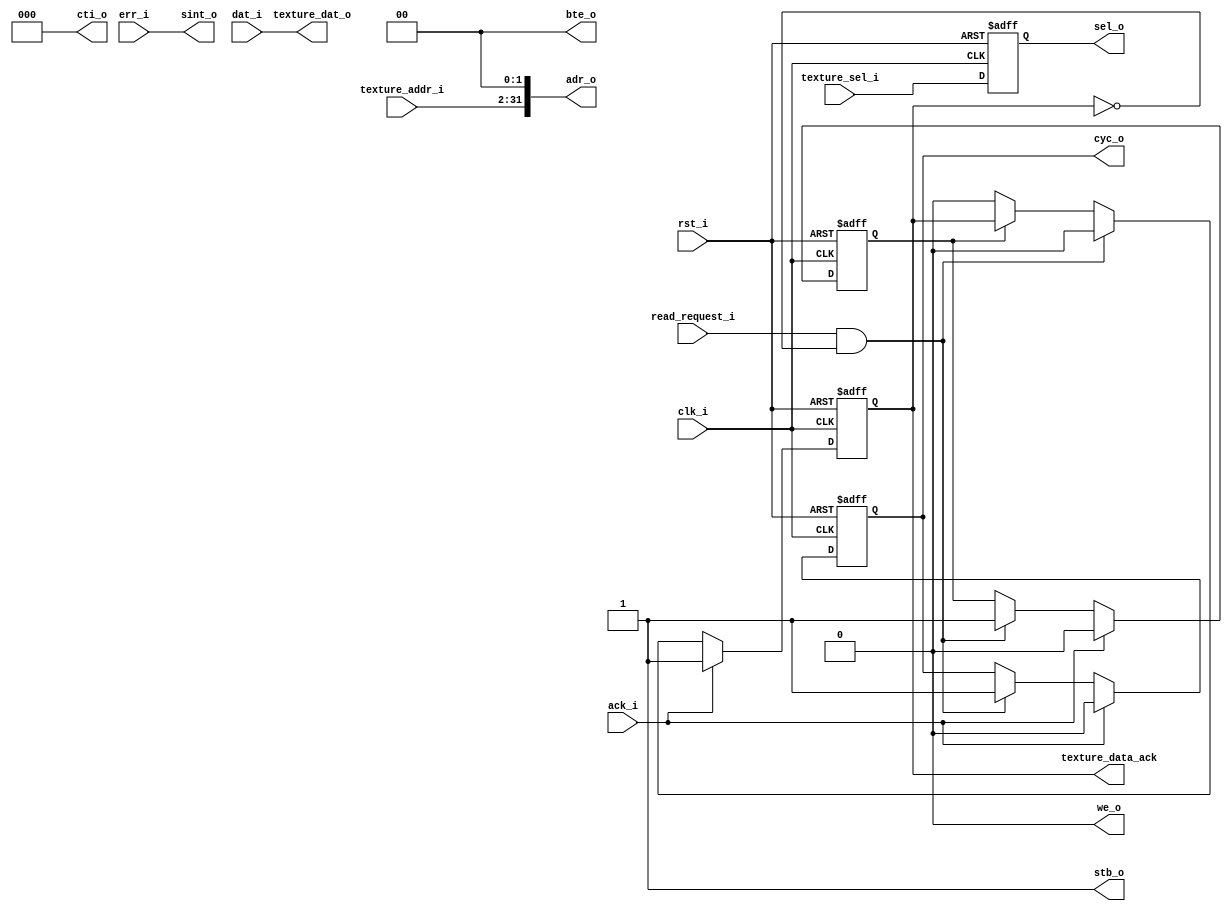
module gfx_wbm_read (clk_i, rst_i,
  cyc_o, stb_o, cti_o, bte_o, we_o, adr_o, sel_o, ack_i, err_i, dat_i, sint_o,
  read_request_i,
  texture_addr_i, texture_sel_i, texture_dat_o, texture_data_ack);

  // inputs & outputs

  // wishbone signals
  input             clk_i;    // master clock input
  input             rst_i;    // asynchronous active high reset
  output reg        cyc_o;    // cycle output
  output            stb_o;    // strobe ouput
  output [ 2:0]     cti_o;    // cycle type id
  output [ 1:0]     bte_o;    // burst type extension
  output            we_o;     // write enable output
  output [31:0]     adr_o;    // address output
  output reg [ 3:0] sel_o;    // byte select outputs (only 32bits accesses are supported)
  input             ack_i;    // wishbone cycle acknowledge
  input             err_i;    // wishbone cycle error
  input [31:0]      dat_i;    // wishbone data in

  output        sint_o;     // non recoverable error, interrupt host

  // Request stuff
  input         read_request_i;

  input [31:2]  texture_addr_i;
  input [3:0]   texture_sel_i;
  output [31:0] texture_dat_o;
  output reg    texture_data_ack;

  //
  // variable declarations
  //
  reg busy;

  //
  // module body
  //

  assign adr_o  = {texture_addr_i, 2'b00};
  assign texture_dat_o = dat_i;
  // This interface is read only
  assign we_o   = 1'b0;
  assign stb_o  = 1'b1;
  assign sint_o = err_i;
  assign bte_o  = 2'b00;
  assign cti_o  = 3'b000;

  always @(posedge clk_i or posedge rst_i)
  if (rst_i) // Reset
    begin
      texture_data_ack <= 1'b0;
      cyc_o <= 1'b0;
      sel_o <= 4'b1111;
      busy  <= 1'b0;
    end
  else
  begin
    sel_o <= texture_sel_i;
	
    if(ack_i) // On ack, stop current read, send ack to arbiter
    begin
      cyc_o            <= 1'b0;
      texture_data_ack <= 1'b1;
      busy             <= 1'b0;
    end
    else if(read_request_i & !texture_data_ack) // Else, is there a pending request? Start a read
    begin
      cyc_o            <= 1'b1;
      texture_data_ack <= 1'b0;
      busy             <= 1'b1;
    end
    else if(!busy) // Else, are we done? Zero ack
      texture_data_ack <= 1'b0;
  end

endmodule